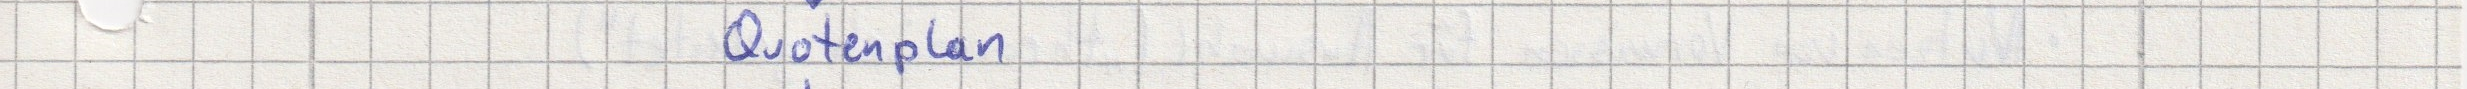
Quotenplan